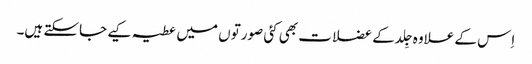
اِس کے علاوہ جِلد کے عضلات بھی کئی صورتوں میں عطیہ کیے جاسکتے ہیں۔